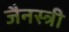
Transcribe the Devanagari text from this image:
जैनस्त्री